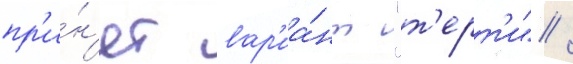
пр'и́н'ят вар'иа́нт "т'ерт'и" /